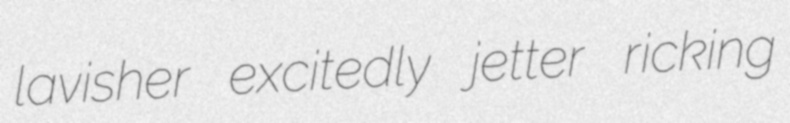
lavisher excitedly jetter ricking